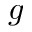
g